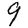
Digit: 9